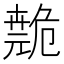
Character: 𫶺